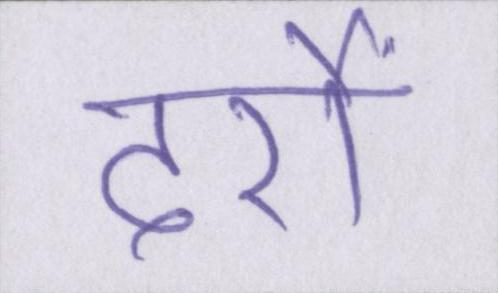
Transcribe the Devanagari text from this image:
दर्रों